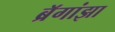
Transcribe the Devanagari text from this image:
ब्रॅगांझा